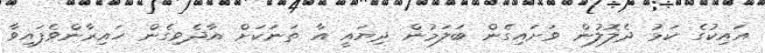
އައިކުގެ ކަޅު ދެލޮލުން ވަށައިގެން ބަލަމުން ދިޔައީ އާ ތަނަކަށް އާދެވިގެން ހައިރާންވެފައިވާ